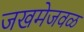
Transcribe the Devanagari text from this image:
जखमेजवळ